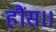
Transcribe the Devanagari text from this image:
हौंस।।